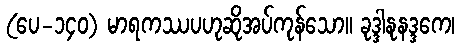
(ပေ-၁၄၀) မာရကဿပဟုဆိုအပ်ကုန်သော။ ခုဒ္ဒါနုနဒ္ဒကေ၊